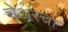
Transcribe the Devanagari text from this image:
चेअरचा